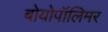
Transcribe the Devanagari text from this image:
बोयोपॉलिमर